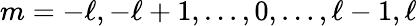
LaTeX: m=-\ell,-\ell+1,\ldots,0,\ldots,\ell-1,\ell